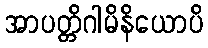
အာပတ္တိဂါမိနိယောပိ